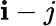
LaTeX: \mathbf{i}-j